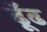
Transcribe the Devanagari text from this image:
ढूॅढ